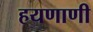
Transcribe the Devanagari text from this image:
हयणाणी